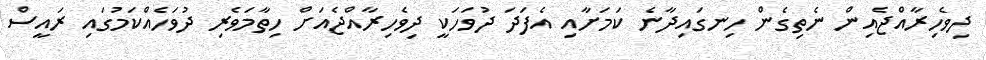
ދިވެހިރާއްޖެއިން ނެތިގެން ހިނގައިދާނެ ކަމަށާއި އެފަދަ ދުވަހަކީ ދިވެހިރާއްޖެއަށް ހިތާމަވެރި ދުވަހެއްކަމުގައި ރައީސް